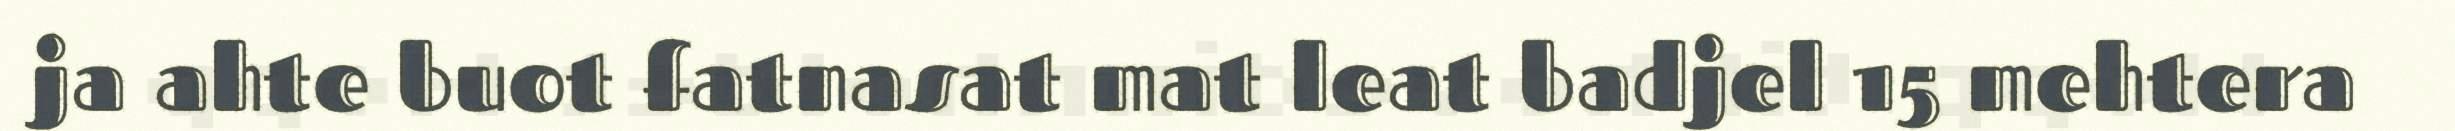
ja ahte buot fatnasat mat leat badjel 15 mehtera